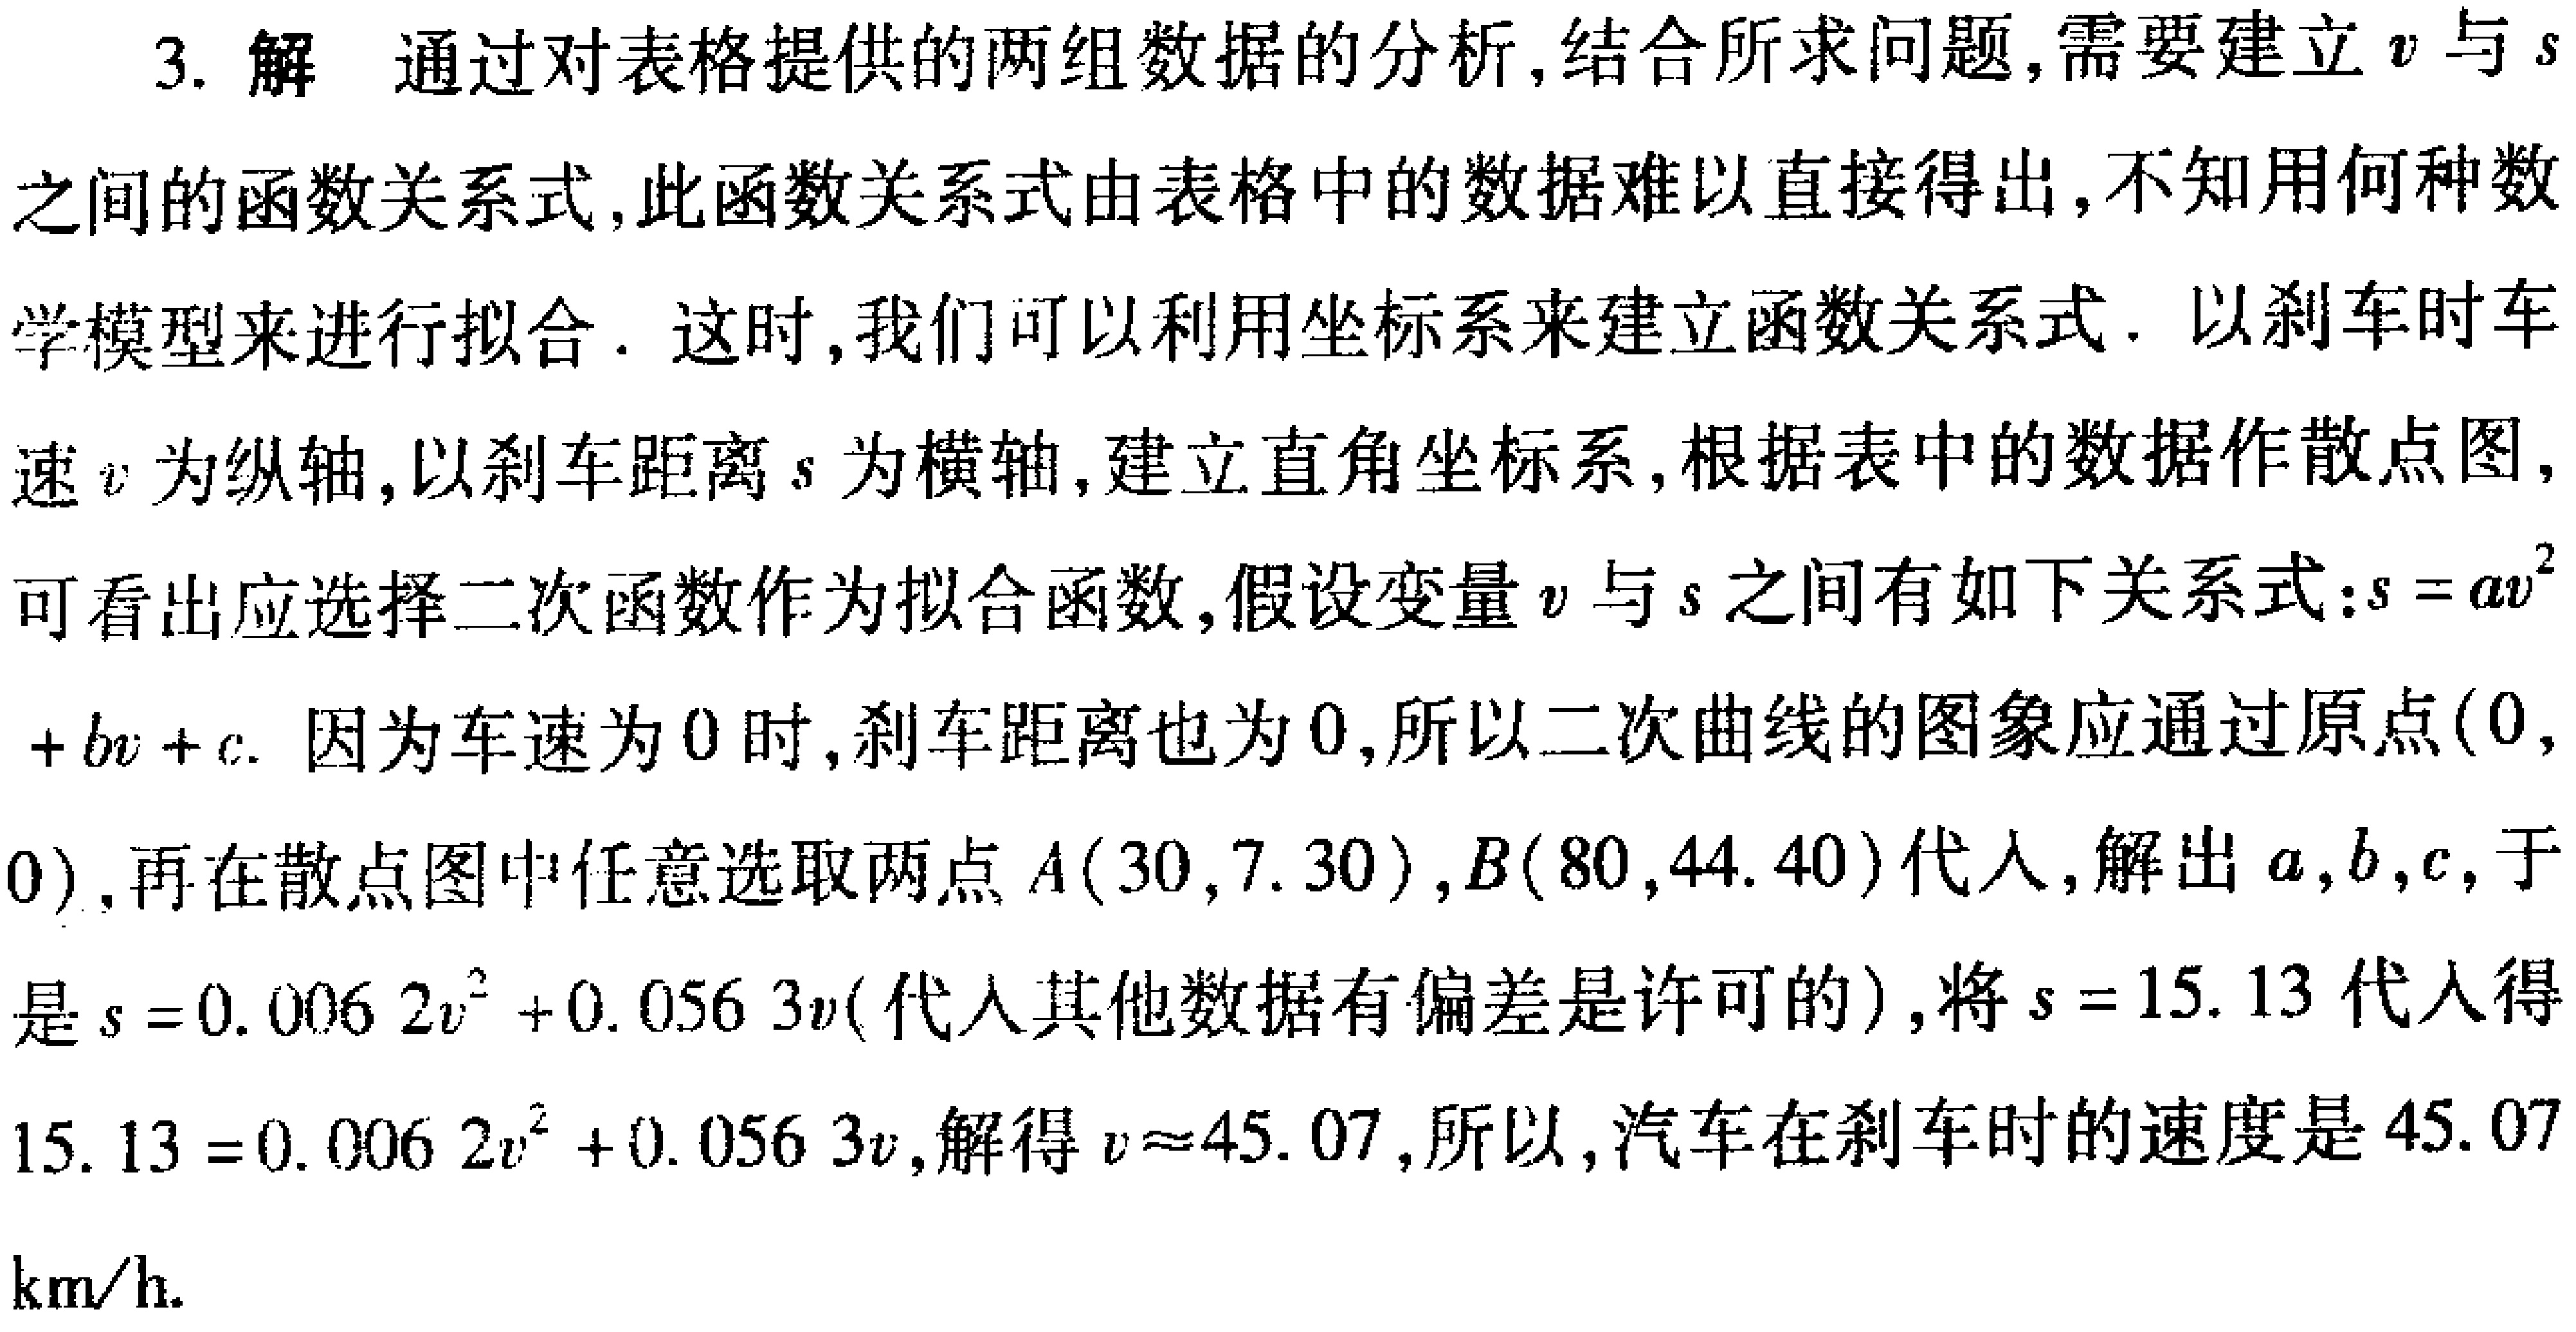
3. 解 通过对表格提供的两组数据的分析,结合所求问题,需要建立\(v\)与\(s\)之间的函数关系式,此函数关系式由表格中的数据难以直接得出,不知用何种数学模型来进行拟合. 这时,我们可以利用坐标系来建立函数关系式. 以刹车时车速\(v\)为纵轴,以刹车距离\(s\)为横轴,建立直角坐标系,根据表中的数据作散点图,可看出应选择二次函数作为拟合函数,假设变量\(v\)与\(s\)之间有如下关系式:\(s = av^{2}+bv + c\). 因为车速为\(0\)时,刹车距离也为\(0\),所以二次曲线的图象应通过原点\((0,0)\),再在散点图中任意选取两点\(A(30,7.30)\),\(B(80,44.40)\)代入,解出\(a,b,c\),于是\(s = 0.0062v^{2}+0.0563v\)(代入其他数据有偏差是许可的),将\(s = 15.13\)代入得\(15.13 = 0.0062v^{2}+0.0563v\),解得\(v\approx45.07\),所以,汽车在刹车时的速度是\(45.07\)km/h.